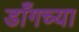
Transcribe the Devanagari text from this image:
डाँगच्या